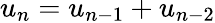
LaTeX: u_{n}=u_{n-1}+u_{n-2}